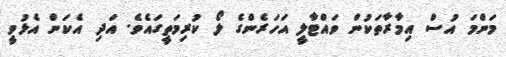
މަންމަ އުސް އިމާރާތަކުން ވައްޓާލީ އަހަރެންގެ ލޯ ކުރިމަތީގައެވެ. އަދި އެކަން އެޅުވީ